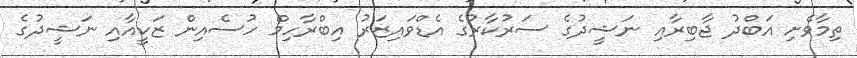
ތިމާވެށި އަބްދު ޖާބިރާއި ނަޝީދުގެ ސަރުކާރުގެ އެޑްވައިޒަރު އިބްރާހިމް ހުސެއިން ޒަކީއާއި ނަޝީދުގެ